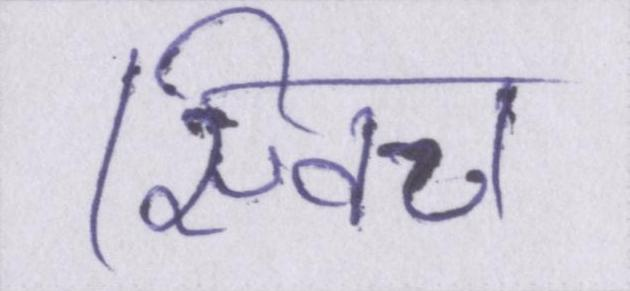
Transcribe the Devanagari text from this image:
स्विच